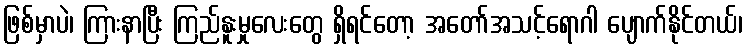
ဖြစ်မှာပဲ၊ ကြားနာပြီး ကြည်နူးမှုလေးတွေ ရှိရင်တော့ အတော်အသင့်ရောဂါ ပျောက်နိုင်တယ်၊